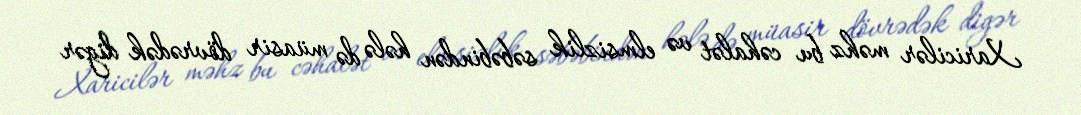
Xaricilər məhz bu cəhalət və elmsizlik səbəbindən hələ də müasir dövrədək digər